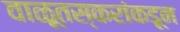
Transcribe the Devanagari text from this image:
वाळूतस्करांकडून